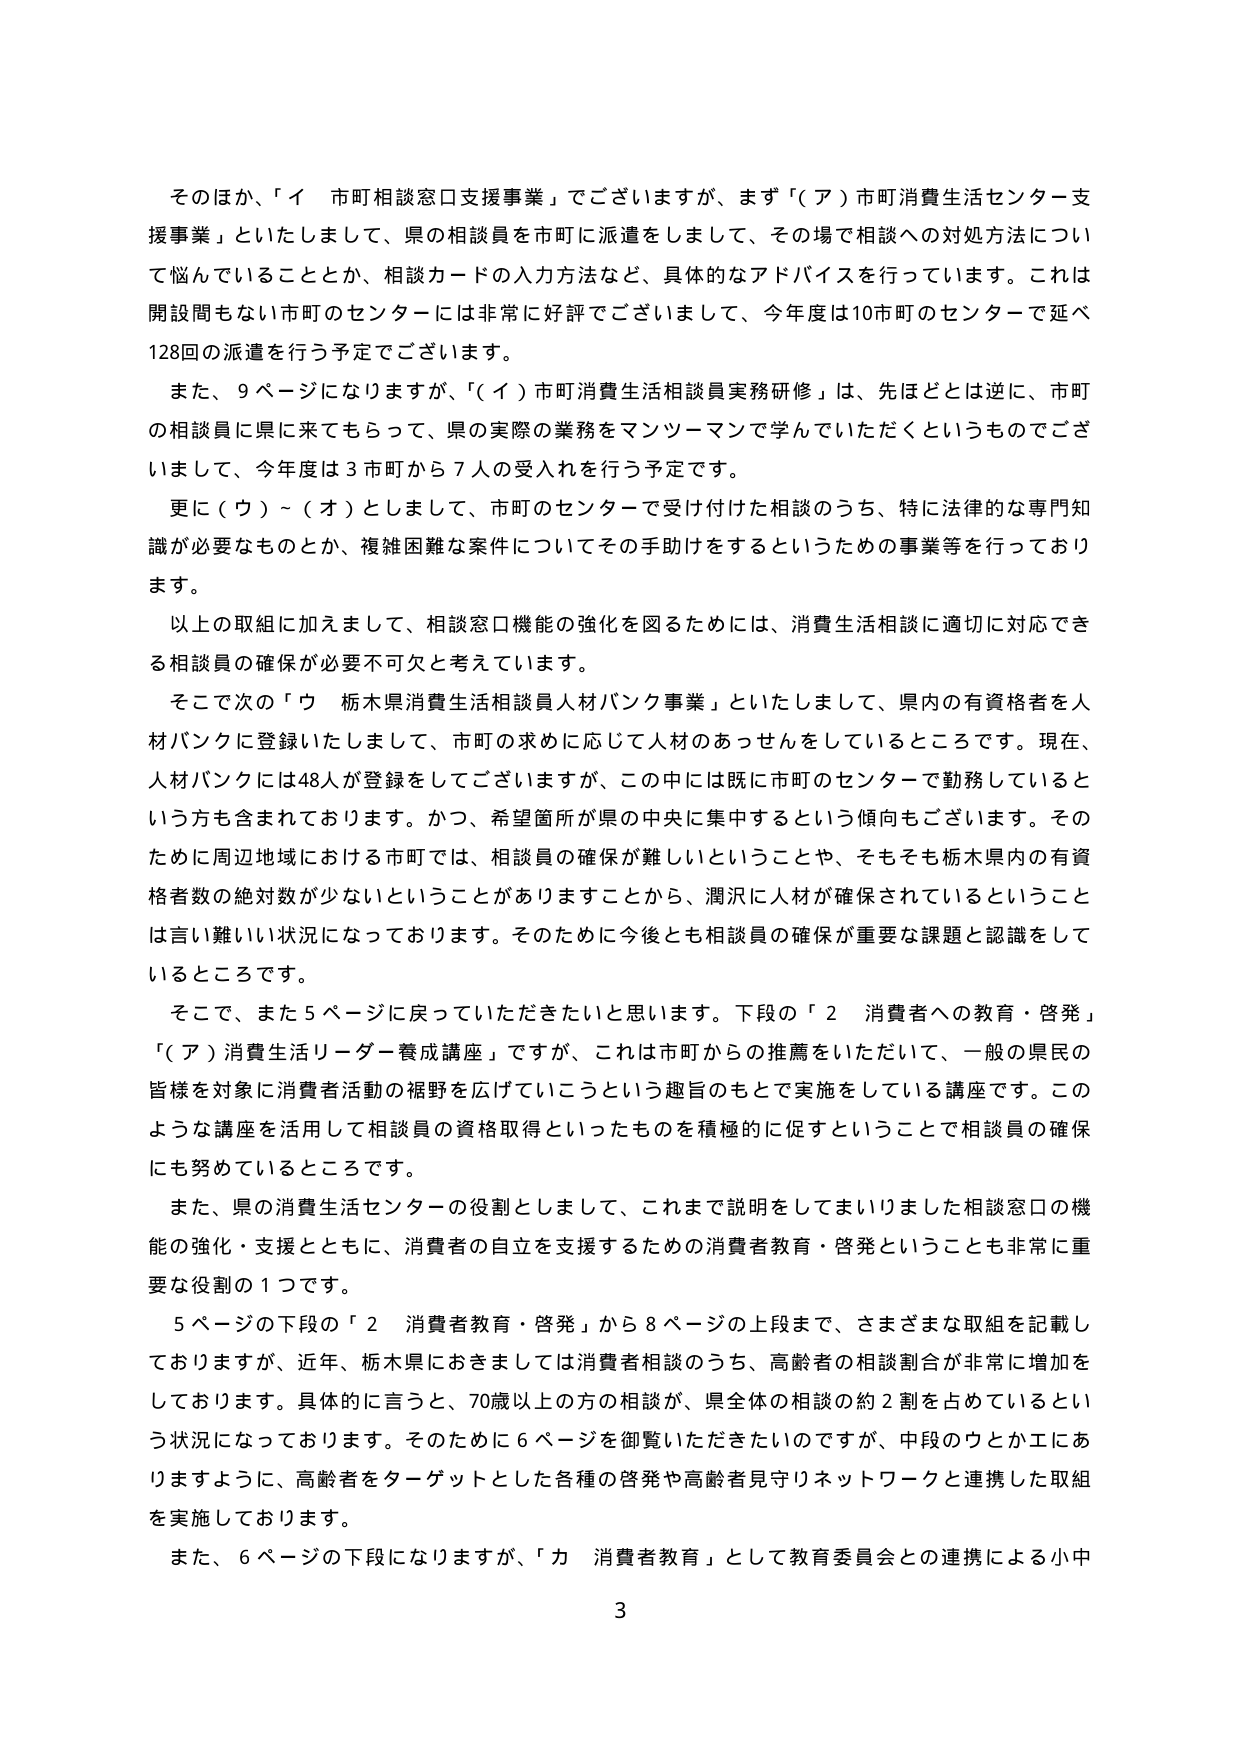
そのほか、「イ 市町相談窓口支援事業」でございますが、まず「（ア）市町消費生活センター支援事業」といたしまして、県の相談員を市町に派遣をしまして、その場で相談への対処方法について悩んでいることとか、相談カードの入力方法など、具体的なアドバイスを行っています。これは開設間もない市町のセンターには非常に好評でございまして、今年度は10市町のセンターで延べ128回の派遣を行う予定でございます。

また、9ページになりますが、「（イ）市町消費生活相談員実務研修」は、先ほどとは逆に、市町の相談員に県に来てもらって、県の実際の業務をマンツーマンで学んでいただくというものでございまして、今年度は3市町から7人の受入れを行う予定です。

更に（ウ）～（オ）としまして、市町のセンターで受け付けた相談のうち、特に法律的な専門知識が必要なものとか、複雑困難な案件についてその手助けをするというための事業等を行っております。

以上の取組に加えまして、相談窓口機能の強化を図るためには、消費生活相談に適切に対応できる相談員の確保が必要不可欠と考えています。

そこで次の「ウ 栃木県消費生活相談員人材バンク事業」といたしまして、県内の有資格者を人材バンクに登録いたしまして、市町の求めに応じて人材のあっせんをしているところです。現在、人材バンクには48人が登録をしてございますが、この中には既に市町のセンターで勤務しているという方も含まれております。かつ、希望箇所が県の中央に集中するという傾向もございます。そのため周辺地域における市町では、相談員の確保が難しいということや、そもそも栃木県内の有資格者数の絶対数が少ないということがありますことから、潤沢に人材が確保されているということは言い難い状況になっております。そのために今後とも相談員の確保が重要な課題と認識しているところです。

そこで、また5ページに戻っていただきたいと思います。下段の「2 消費者への教育・啓発」「（ア）消費生活リーダー養成講座」ですが、これは市町からの推薦をいただいて、一般の県民の皆様を対象に消費者活動の裾野を広げていこうという趣旨のもとで実施している講座です。このような講座を活用して相談員の資格取得といったものを積極的に促すということで相談員の確保にも努めているところです。

また、県の消費生活センターの役割としまして、これまで説明をしてまいりました相談窓口の機能の強化・支援とともに、消費者の自立を支援するための消費者教育・啓発ということも非常に重要な役割の1つです。

5ページの下段の「2 消費者教育・啓発」から8ページの上段まで、さまざまな取組を記載しておりますが、近年、栃木県におきましては消費者相談のうち、高齢者の相談割合が非常に増加しております。具体的に言うと、70歳以上の方の相談が、県全体の相談の約2割を占めているという状況になっております。そのために6ページを御覧いただきたいのですが、中段のウとかエにありますように、高齢者をターゲットとした各種の啓発や高齢者見守りネットワークと連携した取組を実施しております。

また、6ページの下段になりますが、「カ 消費者教育」として教育委員会との連携による小中

3